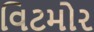
વિટમોર